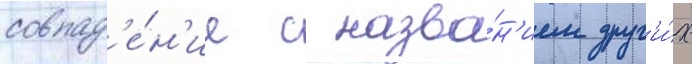
совпад'е́н'ие с назва́н'ием друг'и́х